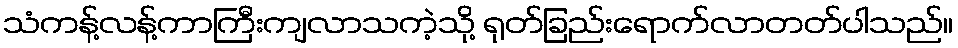
သံကန့်လန့်ကာကြီးကျလာသကဲ့သို့ ရုတ်ခြည်းရောက်လာတတ်ပါသည်။